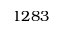
1 2 8 3